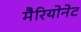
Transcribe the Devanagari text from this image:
मैरियोनेट